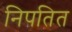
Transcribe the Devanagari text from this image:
निपतित